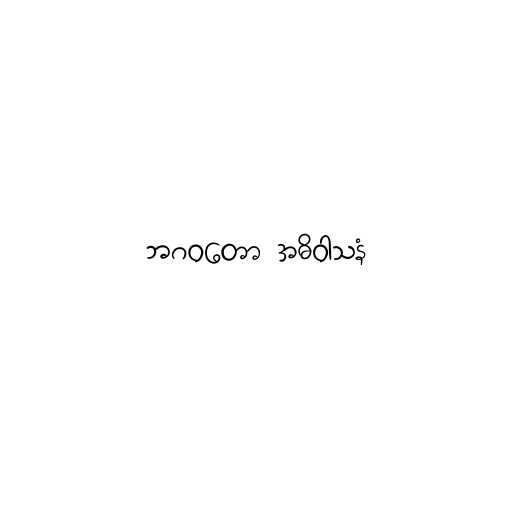
ဘဂဝတော အဓိဝါသနံ